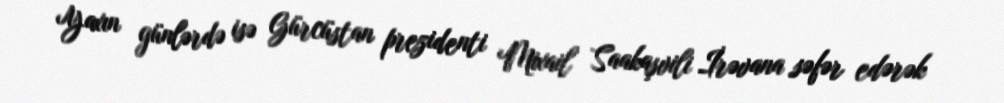
Yaxın günlərdə isə Gürcüstan prezidenti Mixail Saakaşvili İrəvana səfər edərək